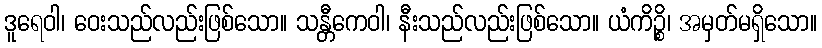
ဒူရေဝါ၊ ဝေးသည်လည်းဖြစ်သော။ သန္တီကေဝါ၊ နီးသည်လည်းဖြစ်သော။ ယံကိဉ္စိ၊ အမှတ်မရှိသော။